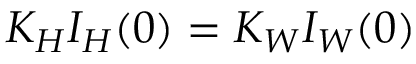
K _ { H } I _ { H } ( 0 ) = K _ { W } I _ { W } ( 0 )